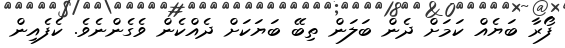
ފޯރާ ބަޔެއް ކަމަށް ދެން ބަލަން ތިބޭ ބަޔަކަށް ދެއްކެން ވެގެންނެވެ. ކެފެއިން